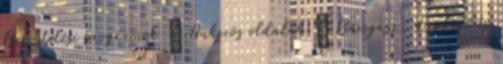
Befektetési programok ↳ Aukciós oldalak ↳ Bányász, duplázó és